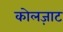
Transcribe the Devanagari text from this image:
कोलज़ाट